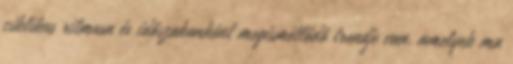
ciklikus ritmusa és időszakonként megismétlődő trendje van, amelyek ma